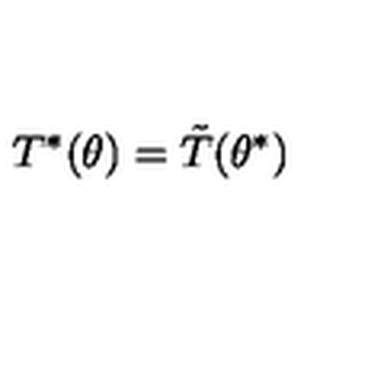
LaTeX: T ^ { * } ( \theta ) = \tilde { T } ( \theta ^ { * } )